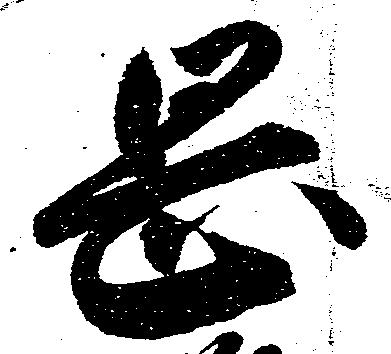
岡